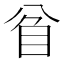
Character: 𥄘